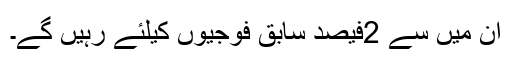
ان میں سے 2فیصد سابق فوجیوں کیلئے رہیں گے۔